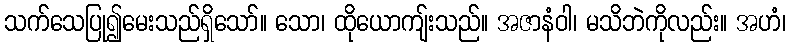
သက်သေပြု၍မေးသည်ရှိသော်။ သော၊ ထိုယောကျ်းသည်။ အဇာနံဝါ၊ မသိဘဲကိုလည်း။ အဟံ၊